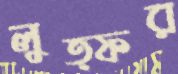
লুত্ফর